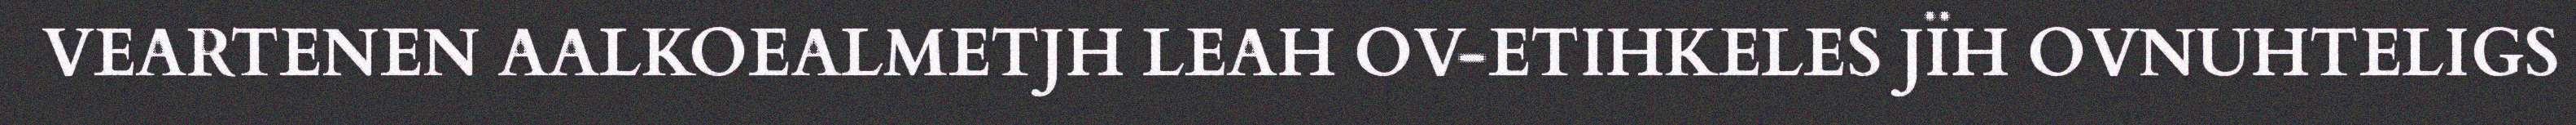
VEARTENEN AALKOEALMETJH LEAH OV-ETIHKELES JÏH OVNUHTELIGS